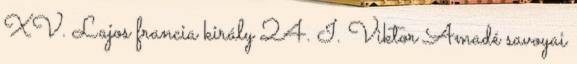
XV. Lajos francia király 24. I. Viktor Amadé savoyai